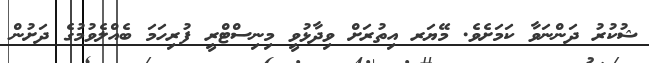
ޝުކުރު ދަންނަވާ ކަމަށެވެ. މޭޔަރ އިތުރަށް ވިދާޅުވީ މިނިސްޓްރީ ފުރިހަމަ ބެއްލެވުމުގެ ދަށުން